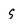
Character: S